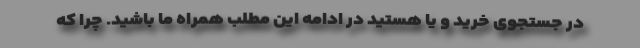
در جستجوی خرید و یا هستید در ادامه این مطلب همراه ما باشید. چرا که